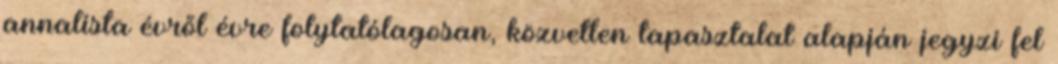
annalista évről évre folytatólagosan, közvetlen tapasztalat alapján jegyzi fel